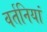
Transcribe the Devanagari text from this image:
वर्तनियां